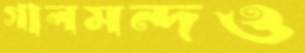
গালমন্দও